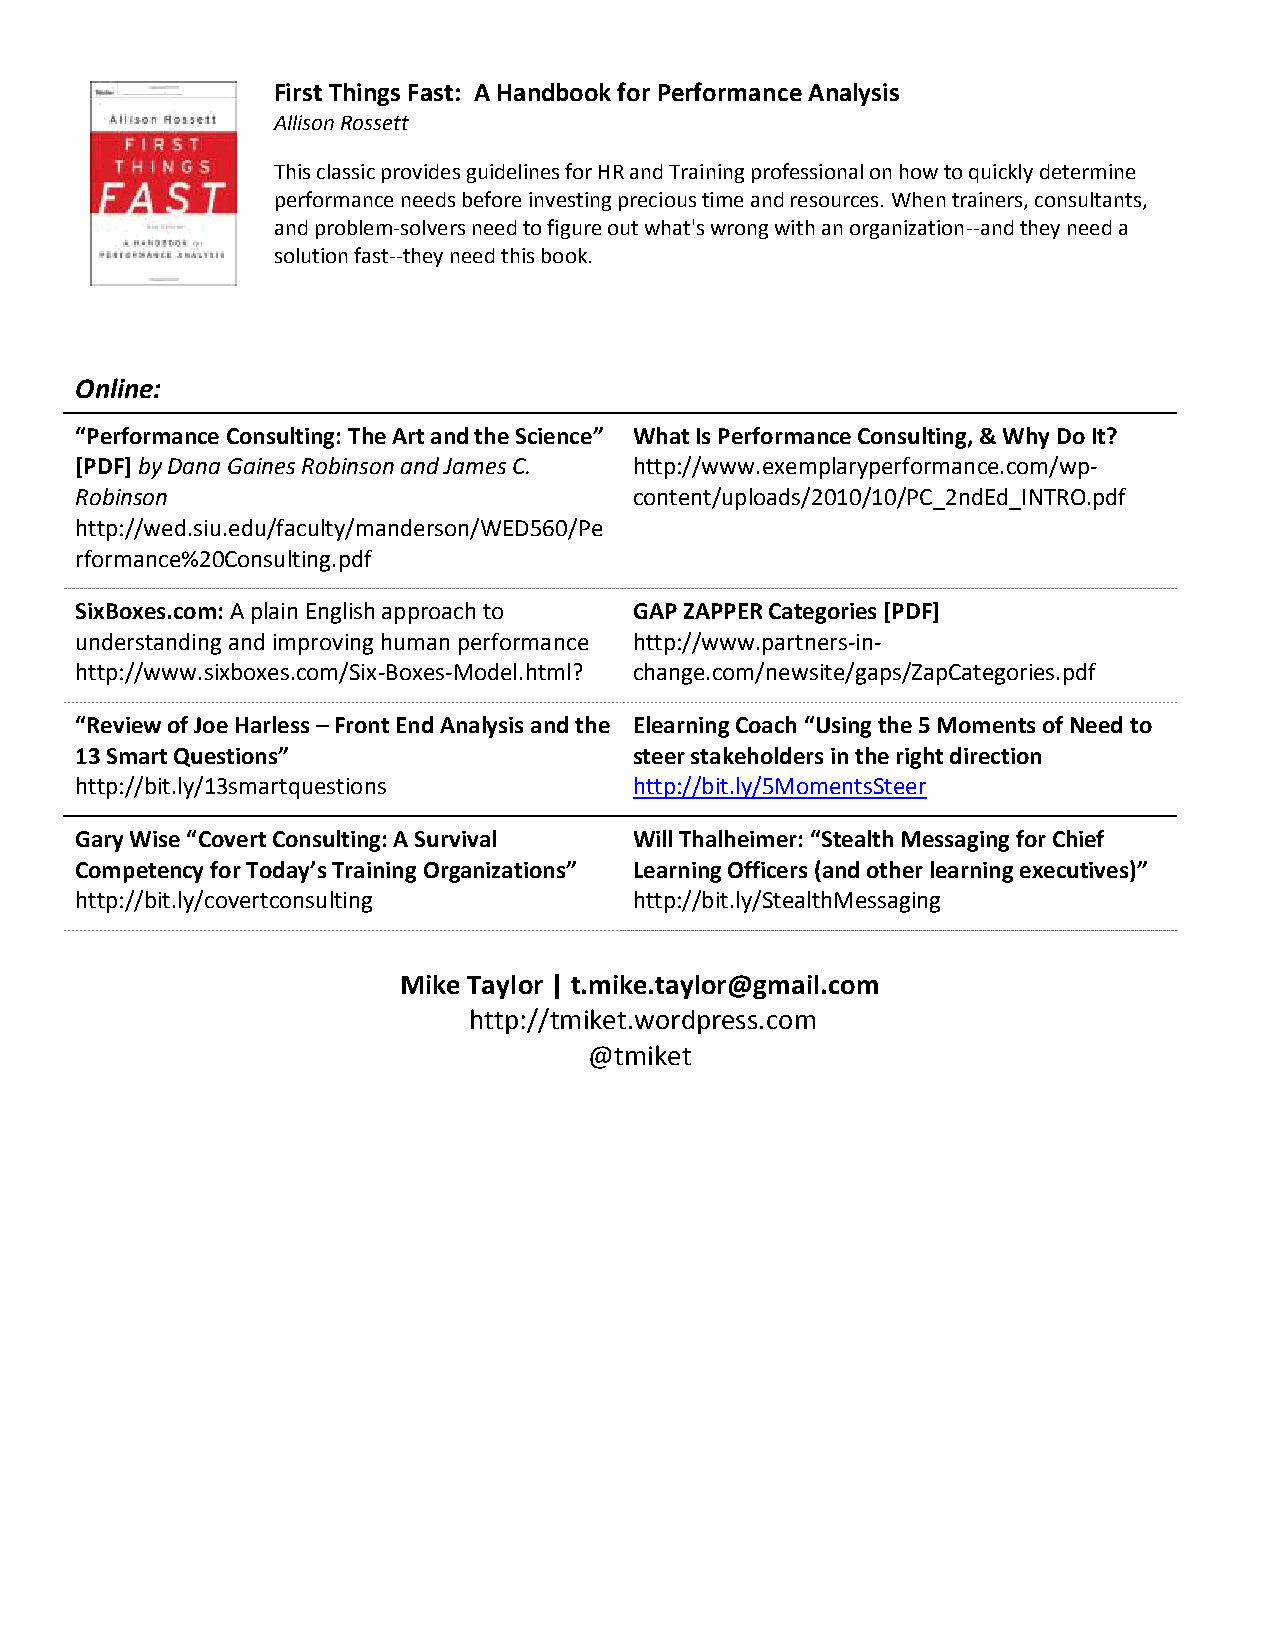
First Things Fast: A Handbook for Performance Analysis
 Allison Rossett
 This classic provides guidelines for HR and Training professional on how to quickly determine
 performance needs before investing precious time and resources. When trainers, consultants,
 and problem-solvers need to figure out what's wrong with an organization--and they need a
 solution fast--they need this book.
 Online:
 “Performance Consulting: The Art and the Science” What Is Performance Consulting, & Why Do It?
 [PDF] by Dana Gaines Robinson and James C. http://www.exemplaryperformance.com/wp-
 Robinson                             content/uploads/2010/10/PC_2ndEd_INTRO.pdf
 http://wed.siu.edu/faculty/manderson/WED560/Pe
 rformance%20Consulting.pdf
 SixBoxes.com: A plain English approach to GAP ZAPPER Categories [PDF]
 understanding and improving human performance http://www.partners-in-
 http://www.sixboxes.com/Six-Boxes-Model.html? change.com/newsite/gaps/ZapCategories.pdf
 “Review of Joe Harless – Front End Analysis and the Elearning Coach “Using the 5 Moments of Need to
 13 Smart Questions”                  steer stakeholders in the right direction
 http://bit.ly/13smartquestions       http://bit.ly/5MomentsSteer
 Gary Wise “Covert Consulting: A Survival Will Thalheimer: “Stealth Messaging for Chief
 Competency for Today’s Training Organizations” Learning Officers (and other learning executives)”
 http://bit.ly/covertconsulting       http://bit.ly/StealthMessaging
 Mike Taylor | t.mike.taylor@gmail.com
 http://tmiket.wordpress.com
 @tmiket